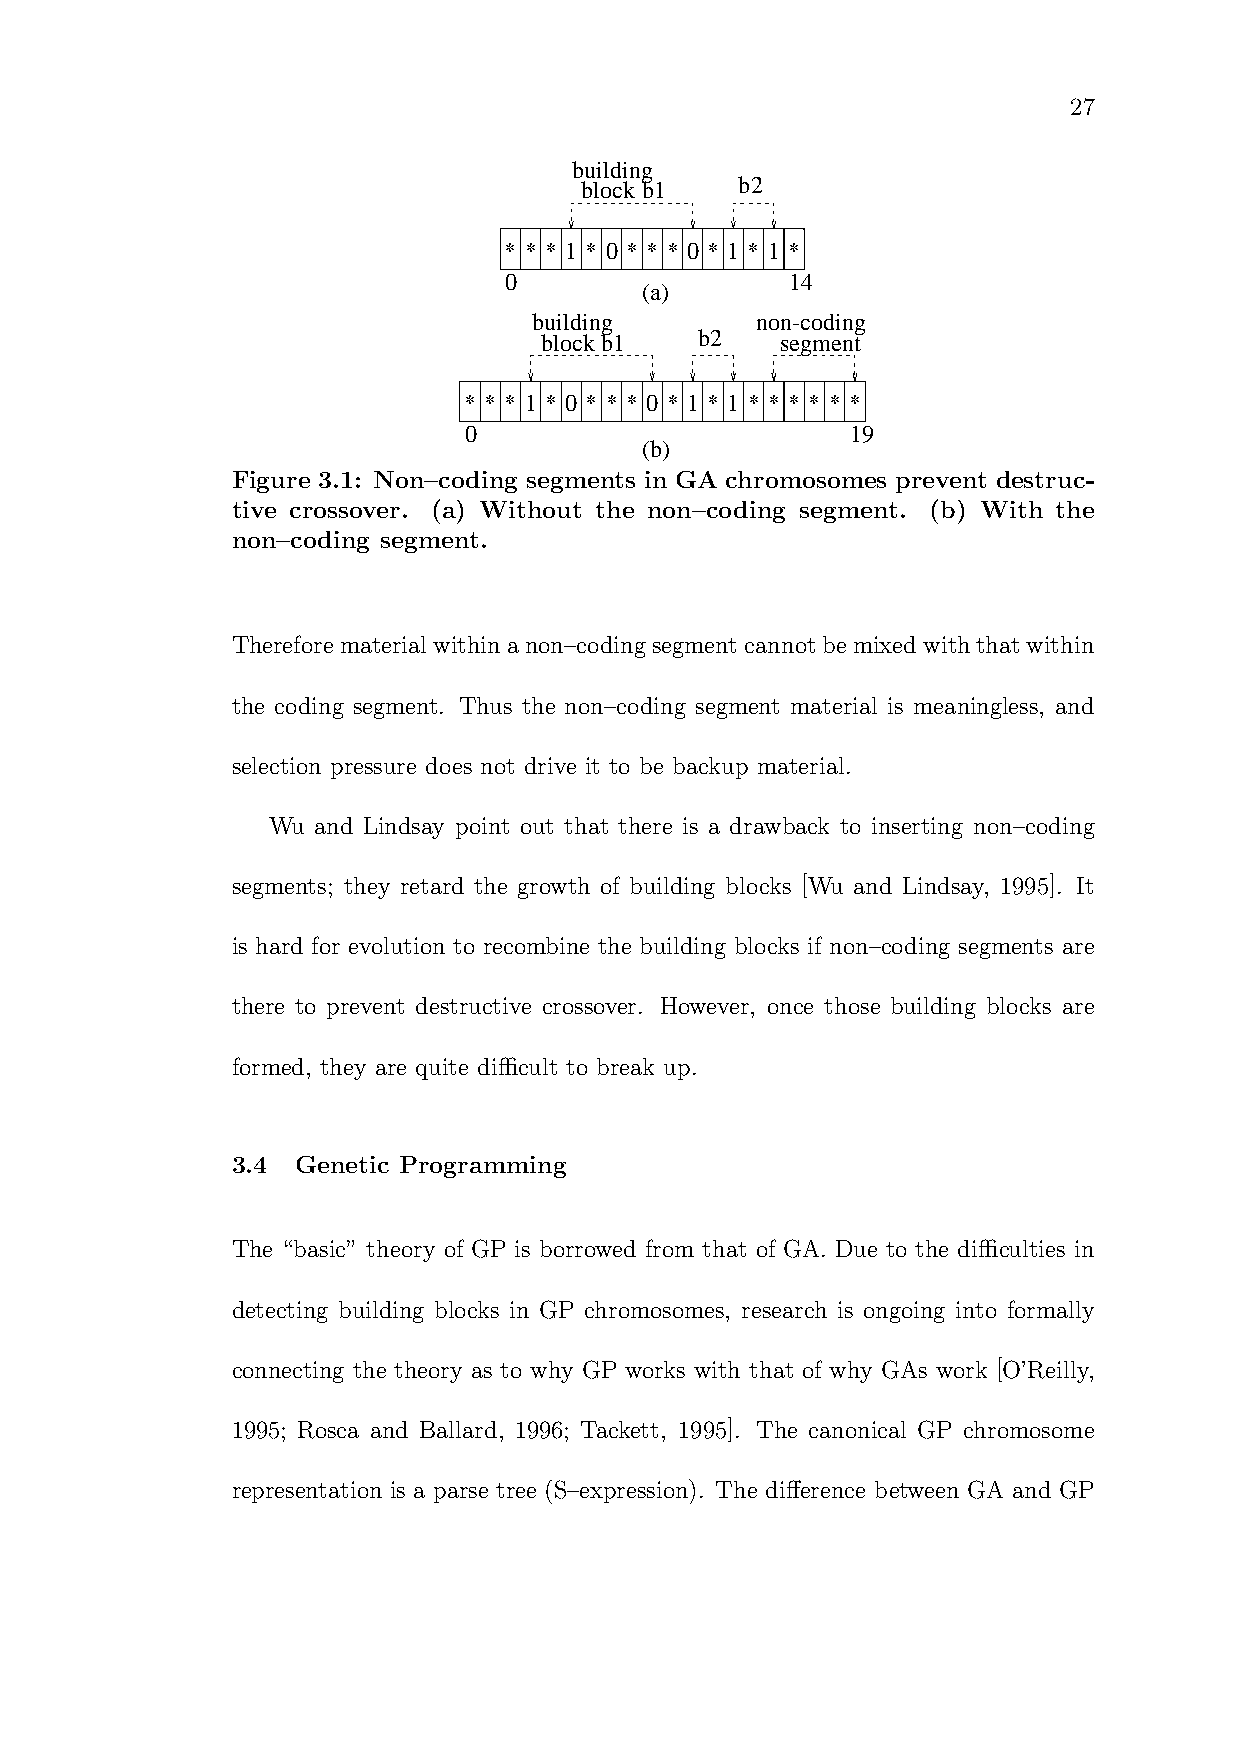
27
 building
 block b1   b2
 * * * 1 * 0 * * * 0 * 1 * 1 *
 0                  14
 (a)
 building       non-coding
 block b1  b2    segment
 * * * 1 * 0 * * * 0 * 1 * 1 * * * * * *
 0                        19
 (b)
 Figure 3.1: Non–coding segments in GA chromosomes prevent destruc-
 tive crossover. (a) Without the non–coding segment. (b) With the
 non–coding segment.
 Thereforematerialwithinanon–codingsegment cannotbemixedwiththatwithin
 the coding segment. Thus the non–coding segment material is meaningless, and
 selection pressure does not drive it to be backup material.
 Wu and Lindsay point out that there is a drawback to inserting non–coding
 segments; they retard the growth of building blocks [Wu and Lindsay, 1995]. It
 is hard for evolution to recombine the building blocks if non–coding segments are
 there to prevent destructive crossover. However, once those building blocks are
 formed, they are quite difficult to break up.
 3.4  Genetic Programming
 The “basic” theory of GP is borrowed from that of GA. Due to the difficulties in
 detecting building blocks in GP chromosomes, research is ongoing into formally
 connecting the theory as to why GP works with that of why GAs work [O’Reilly,
 1995; Rosca and Ballard, 1996; Tackett, 1995]. The canonical GP chromosome
 representation is a parse tree (S–expression). The difference between GA and GP